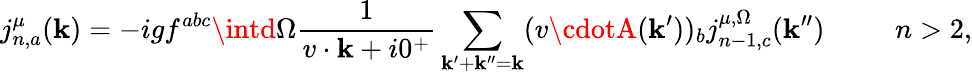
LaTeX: j_{n,a}^{\mu}(\mathbf{k})=-igf^{abc}\intd\Omega{\frac{{1}}{{v\cdot\mathbf{k}+i0^{+}}}}\sum_{\mathbf{k}^{\prime}+\mathbf{k}^{\prime\prime}=\mathbf{k}}(v\cdotA(\mathbf{k}^{\prime}))_{b}j_{n-1,c}^{\mu,\Omega}(\mathbf{k}^{\prime\prime})\ \ \ \ \ \ \ \ \ \ n>2,